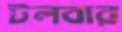
টলবার